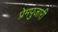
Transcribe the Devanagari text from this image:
प्रेमपुजारी